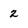
Character: 2